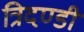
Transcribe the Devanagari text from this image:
त्रिदण्डी